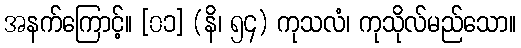
အနက်ကြောင့်။ [၀၁] (နိ၊ ၅၄) ကုသလံ၊ ကုသိုလ်မည်သော။